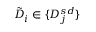
\tilde { D } _ { i } \in \{ D _ { j } ^ { s d } \}